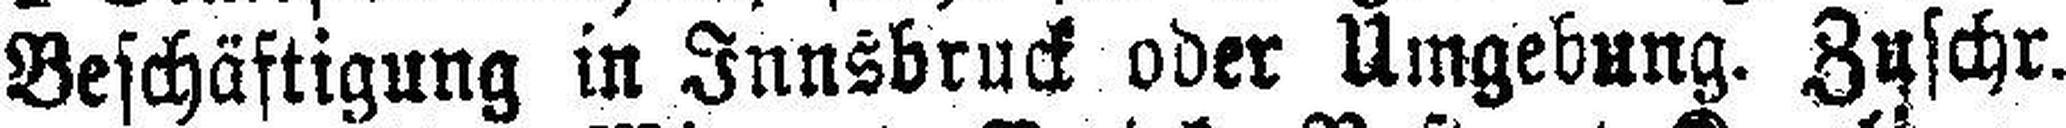
Beschäftigung in Innsbruck oder Umgebung. Zuschr.